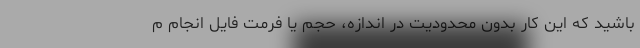
باشید که این کار بدون محدودیت در اندازه، حجم یا فرمت فایل انجام م